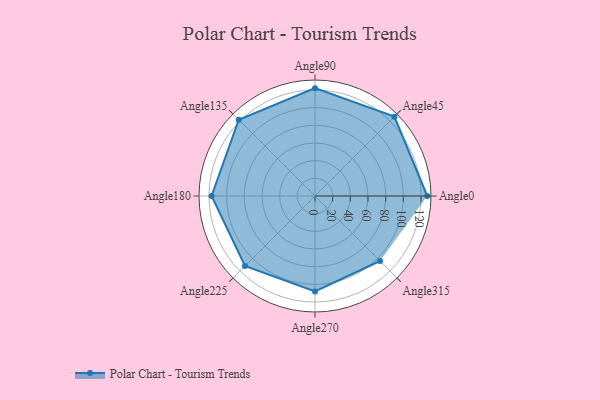
{"axis": {"x": "Angle", "y": "Radius"}, "legend": [""], "data": [{"x": "Angle0", "y": 127.0, "type": ""}, {"x": "Angle45", "y": 127.0, "type": ""}, {"x": "Angle90", "y": 122.0, "type": ""}, {"x": "Angle135", "y": 122.0, "type": ""}, {"x": "Angle180", "y": 117.0, "type": ""}, {"x": "Angle225", "y": 112.0, "type": ""}, {"x": "Angle270", "y": 108.0, "type": ""}, {"x": "Angle315", "y": 104.0, "type": ""}]}